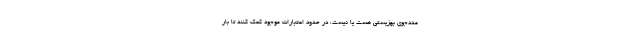
مددجوی بهزیستی هست یا نیست، در حدود اعتبارات موجود کمک کنند تا بار